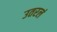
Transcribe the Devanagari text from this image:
उतरलं